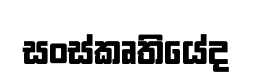
සංස්කෘතියේද